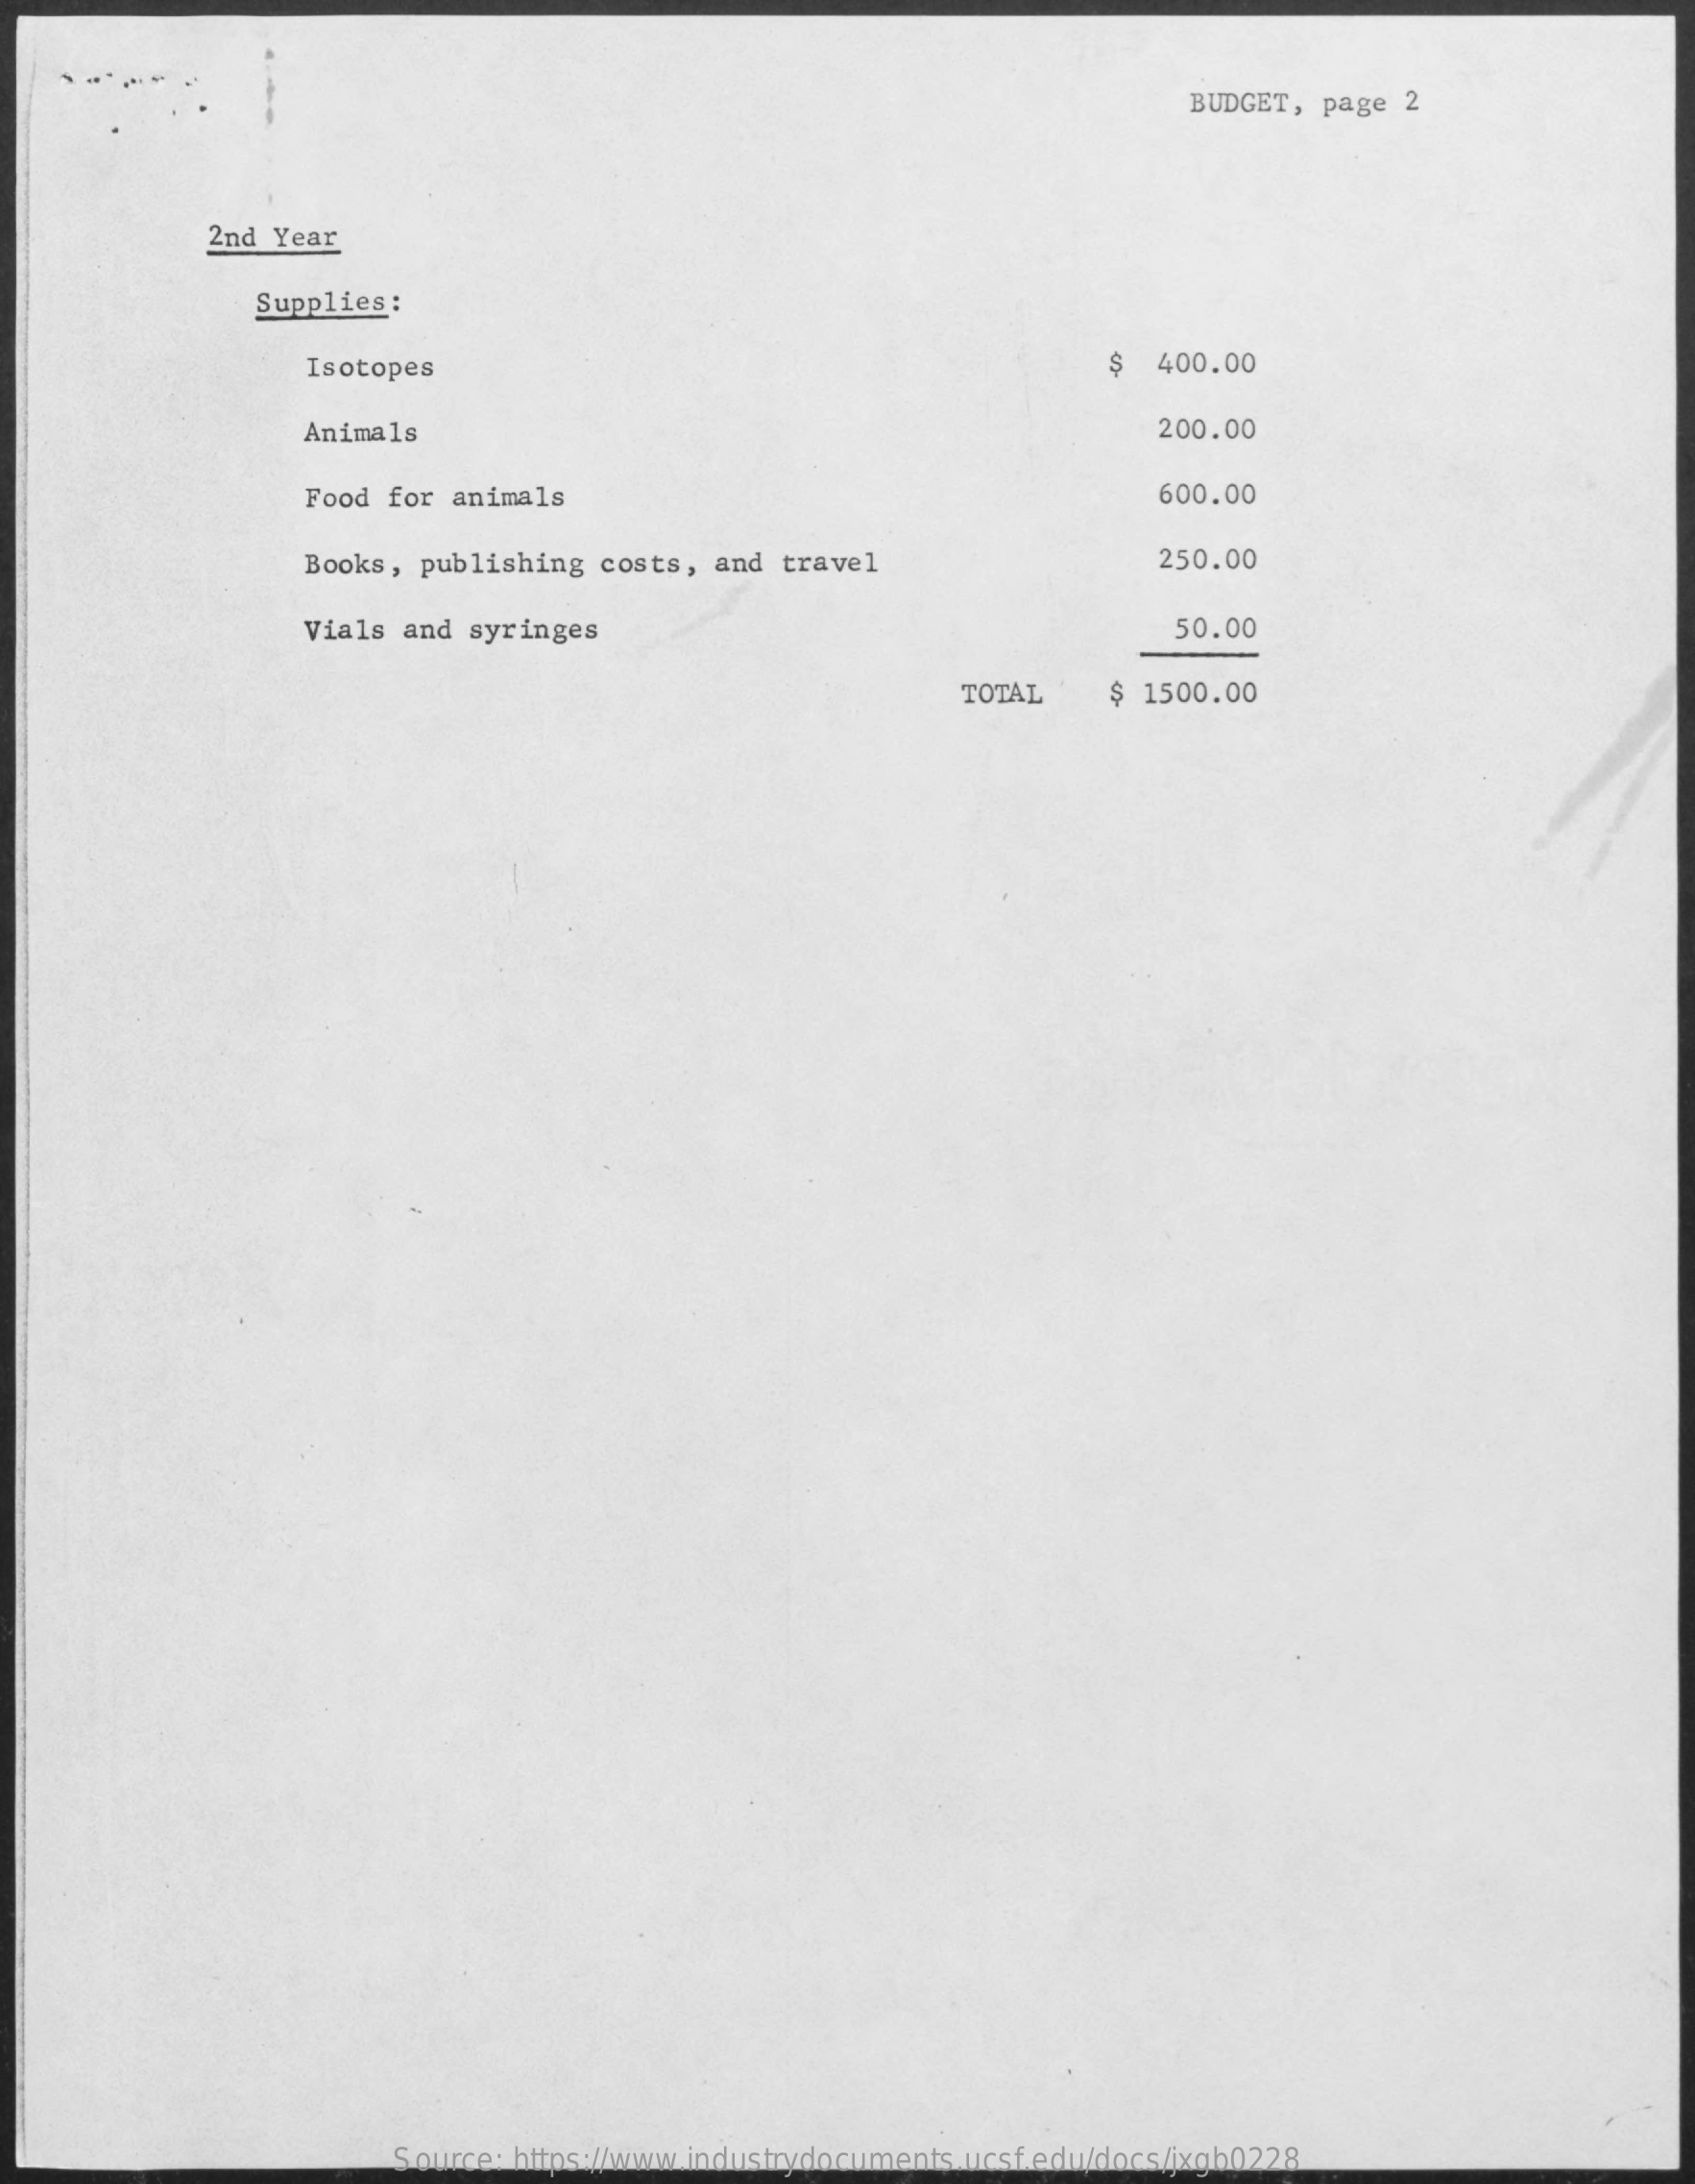
BUDGET, page  2
     2nd Year
     Supplies:
     Isotopes    $   400.00
     Animals    200.00
     Food for  animals    600.00
     Books, publishing  costs,  and travel    250.00
     Vials and  syringes    50.00
     TOTAL    $  1500.00
     Source: https://www.industrydocuments.ucsf.edu/docs/jxgb0228